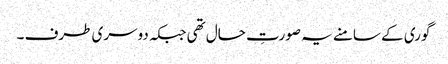
گوری کے سامنے یہ صورتِ حال تھی جبکہ دوسری طرف ۔